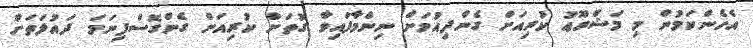
އެހެންކަމުން މި މަޝްރޫޢު ކުރިއަށް ގެންދިއުމަށް ނިންމާފައިވާ ގޮތަށް ކުރިއަށް ގެންގޮސްފިނަމަ ދައުލަތަށް